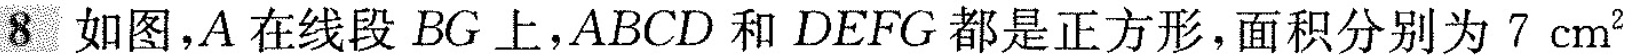
8如图，A在线段BG上，ABCD和DEFG都是正方形，面积分别为7cm^{2}